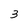
Character: 3